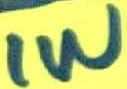
Text: 1W